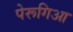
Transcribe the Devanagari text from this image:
पेरूगिआ